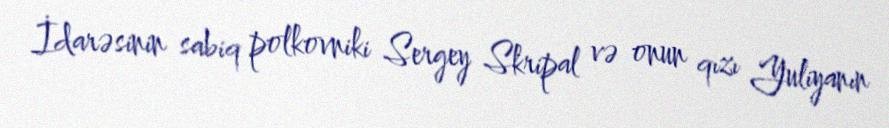
İdarəsinin sabiq polkovniki Sergey Skripal və onun qızı Yuliyanın